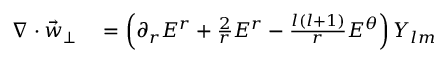
\begin{array} { r l } { \nabla \cdot \vec { w } _ { \perp } } & { { } = \left( \partial _ { r } E ^ { r } + \frac { 2 } { r } E ^ { r } - \frac { l ( l + 1 ) } { r } E ^ { \theta } \right) Y _ { l m } } \end{array}